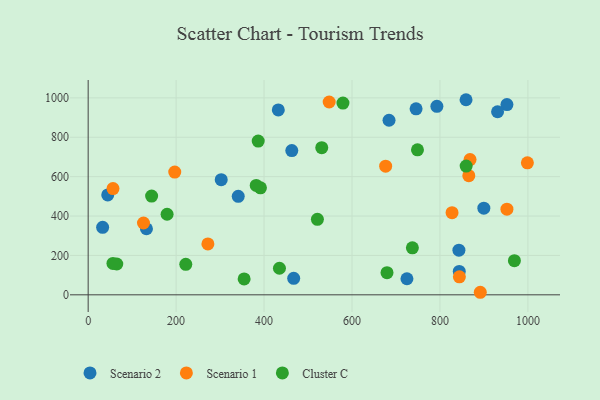
{"axis": {"x": "Experience", "y": "Profit"}, "legend": ["Cluster C", "Scenario 1", "Scenario 2"], "data": [{"x": "302.6", "y": 584.4, "type": "Scenario 2"}, {"x": "952.3", "y": 965.8, "type": "Scenario 2"}, {"x": "724.9", "y": 81.7, "type": "Scenario 2"}, {"x": "843.1", "y": 226.6, "type": "Scenario 2"}, {"x": "745.7", "y": 944.4, "type": "Scenario 2"}, {"x": "132.6", "y": 335.4, "type": "Scenario 2"}, {"x": "793.0", "y": 957.3, "type": "Scenario 2"}, {"x": "467.4", "y": 83.9, "type": "Scenario 2"}, {"x": "463.1", "y": 732.3, "type": "Scenario 2"}, {"x": "843.9", "y": 118.6, "type": "Scenario 2"}, {"x": "32.9", "y": 342.9, "type": "Scenario 2"}, {"x": "859.3", "y": 990.6, "type": "Scenario 2"}, {"x": "341.3", "y": 500.0, "type": "Scenario 2"}, {"x": "432.4", "y": 939.0, "type": "Scenario 2"}, {"x": "44.5", "y": 507.1, "type": "Scenario 2"}, {"x": "684.2", "y": 886.4, "type": "Scenario 2"}, {"x": "899.8", "y": 440.1, "type": "Scenario 2"}, {"x": "931.0", "y": 929.5, "type": "Scenario 2"}, {"x": "548.1", "y": 979.1, "type": "Scenario 1"}, {"x": "891.7", "y": 12.9, "type": "Scenario 1"}, {"x": "196.9", "y": 623.3, "type": "Scenario 1"}, {"x": "125.8", "y": 364.7, "type": "Scenario 1"}, {"x": "865.6", "y": 604.7, "type": "Scenario 1"}, {"x": "868.4", "y": 686.5, "type": "Scenario 1"}, {"x": "827.5", "y": 417.0, "type": "Scenario 1"}, {"x": "272.3", "y": 258.6, "type": "Scenario 1"}, {"x": "844.2", "y": 91.2, "type": "Scenario 1"}, {"x": "998.8", "y": 670.4, "type": "Scenario 1"}, {"x": "676.5", "y": 653.3, "type": "Scenario 1"}, {"x": "952.3", "y": 434.7, "type": "Scenario 1"}, {"x": "56.5", "y": 539.2, "type": "Scenario 1"}, {"x": "521.3", "y": 383.1, "type": "Cluster C"}, {"x": "969.3", "y": 173.6, "type": "Cluster C"}, {"x": "859.6", "y": 653.9, "type": "Cluster C"}, {"x": "179.5", "y": 409.2, "type": "Cluster C"}, {"x": "391.8", "y": 543.2, "type": "Cluster C"}, {"x": "531.2", "y": 746.9, "type": "Cluster C"}, {"x": "435.0", "y": 134.8, "type": "Cluster C"}, {"x": "679.6", "y": 112.2, "type": "Cluster C"}, {"x": "144.3", "y": 501.6, "type": "Cluster C"}, {"x": "65.1", "y": 156.4, "type": "Cluster C"}, {"x": "56.4", "y": 159.3, "type": "Cluster C"}, {"x": "737.3", "y": 238.6, "type": "Cluster C"}, {"x": "748.9", "y": 736.2, "type": "Cluster C"}, {"x": "222.0", "y": 154.7, "type": "Cluster C"}, {"x": "382.2", "y": 555.2, "type": "Cluster C"}, {"x": "579.4", "y": 973.7, "type": "Cluster C"}, {"x": "386.7", "y": 780.8, "type": "Cluster C"}, {"x": "354.7", "y": 80.7, "type": "Cluster C"}]}